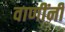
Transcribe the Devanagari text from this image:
वाणींनी